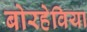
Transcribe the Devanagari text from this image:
बोरहेविया